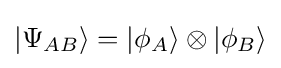
|\Psi _{AB}\rangle =|\phi _{A}\rangle \otimes |\phi _{B}\rangle